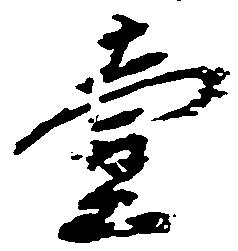
壱